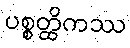
ပစ္စတ္ထိကဿ